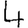
Digit: 4